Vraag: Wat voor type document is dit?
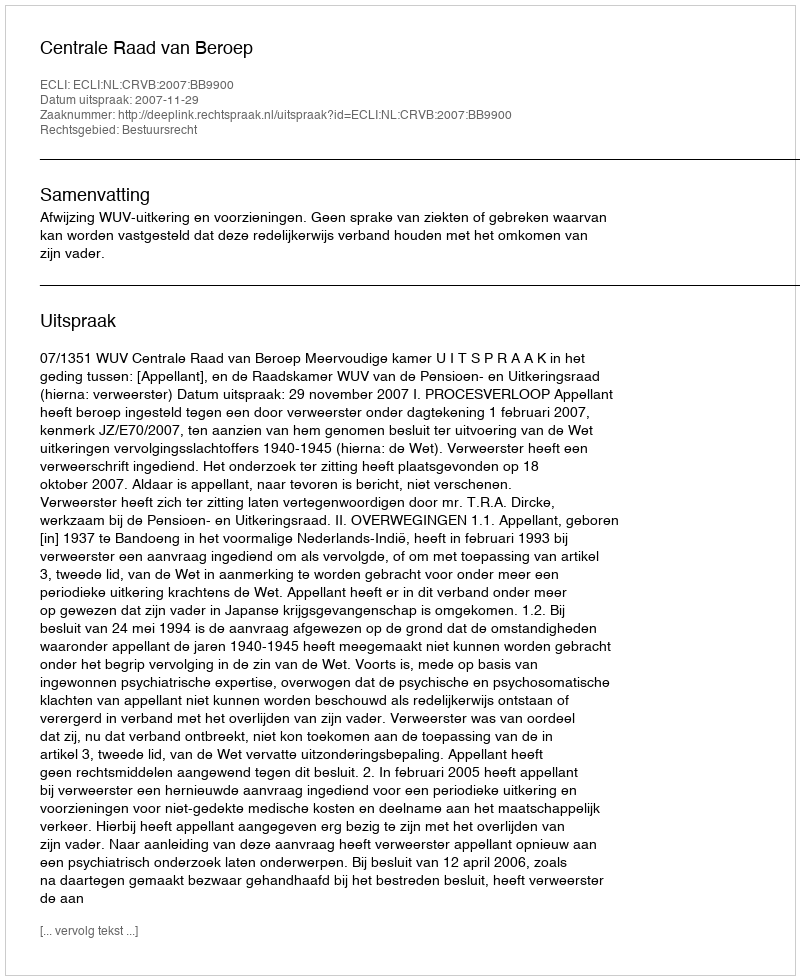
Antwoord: Uitspraak